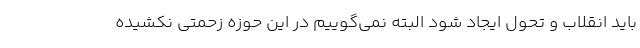
باید انقلاب و تحول ایجاد شود البته نمی‌گوییم در این حوزه زحمتی نکشیده